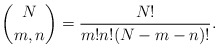
\begin{align*}\binom{N}{m,n}=\frac{N!}{m!n!(N-m-n)!}.\end{align*}